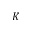
K